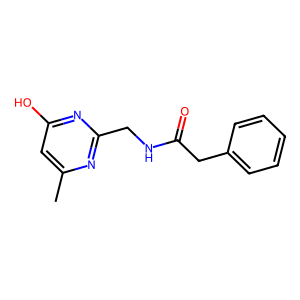
SMILES: Cc1cc(O)nc(CNC(=O)Cc2ccccc2)n1
Inhibits HIV replication: No